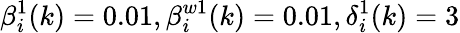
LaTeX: \beta_{i}^{1}(k)=0.01,\beta_{i}^{w1}(k)=0.01,\delta_{i}^{1}(k)=3